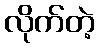
လိုက်တဲ့